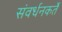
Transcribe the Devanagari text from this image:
संवर्धनकर्ते